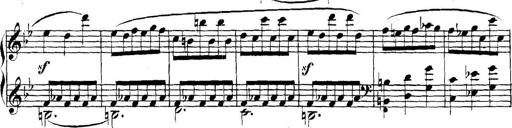
Title: Collected Piano Sonatas
Composer: Muzio Clementi